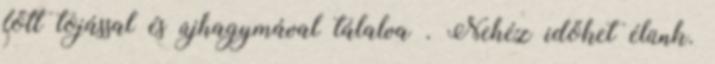
főtt tojással és újhagymával tálalva . Nehéz időket élünk.